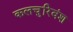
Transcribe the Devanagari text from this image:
कलचुरिवंश